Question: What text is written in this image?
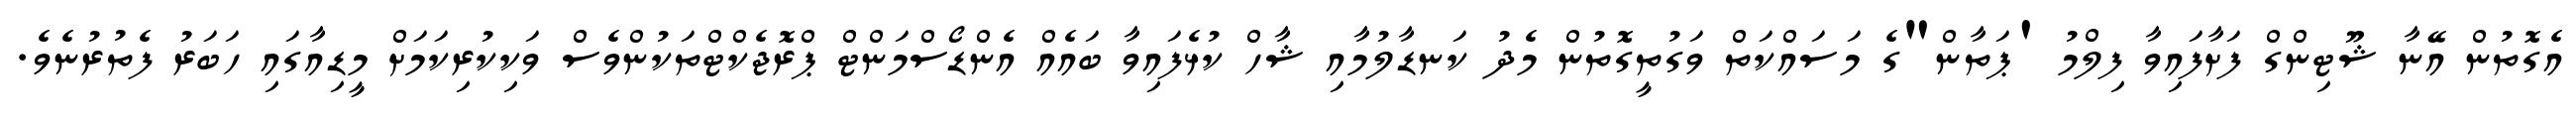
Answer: އެގޮތުން އޭނާ ޝޫޓިންގް ފަށާފައިވާ ފިލްމު 'ޕަތާން"ގެ މަސައްކަތް ވަގުތީގޮތުން މެދު ކަނޑާލުމާއި ޝާހް ކުޅެފައިވާ ބައެއް އެންޑޯސްމަންޓް ޕްރޮޖެކްޓްތަކުންވެސް ވަކިކުރިކަމަށް މީޑިއާގައި ހަބަރު ފެތުރުނެވެ.